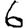
Digit: 6